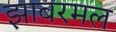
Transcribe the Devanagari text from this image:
झाबरमल